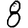
Digit: 8